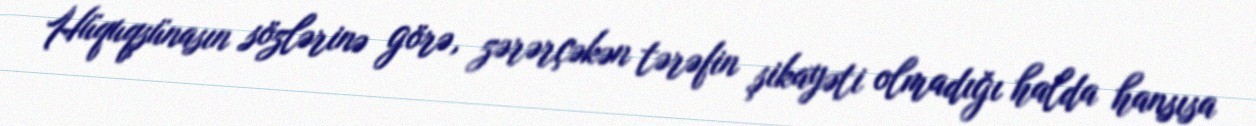
Hüquqşünasın sözlərinə görə, zərərçəkən tərəfin şikayəti olmadığı halda hansısa